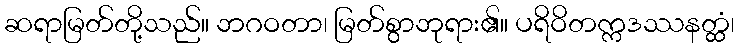
ဆရာမြတ်တို့သည်။ ဘဂဝတာ၊ မြတ်စွာဘုရား၏။ ပရိဝိတက္ကဒဿနတ္ထံ၊